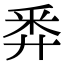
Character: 𢍏